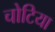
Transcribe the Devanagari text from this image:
चोटिया